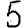
Digit: 5